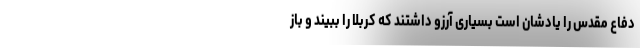
دفاع مقدس را یادشان است بسیاری آرزو داشتند که کربلا را ببیند و باز